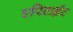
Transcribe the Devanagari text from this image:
एपिटाईट